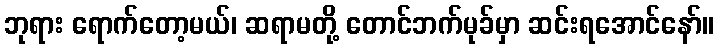
ဘုရား ရောက်တော့မယ်၊ ဆရာမတို့ တောင်ဘက်မုခ်မှာ ဆင်းရအောင်နော်။